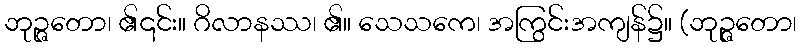
ဘုဉ္ဇတော၊ ၏၎င်း။ ဂိလာနဿ၊ ၏။ သေသကေ၊ အကြွင်းအကျန်၌။ (ဘုဉ္ဇတော၊